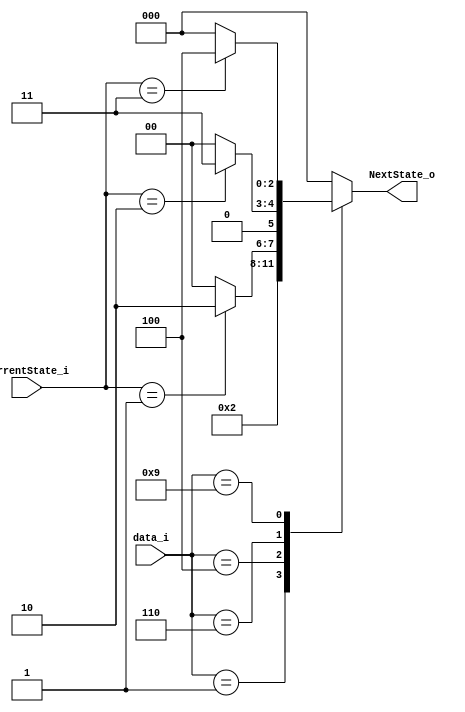
module NEXTSTATE(data_i, NextState_o, CurrentState_i);
	parameter	S0 = 3'b000,
					S1 = 3'b001,
					S2 = 3'b010,
					S3 = 3'b011,
					S4 = 3'b100;
	
	input [3:0] data_i;
	input [2:0] CurrentState_i;
	output [2:0] NextState_o;
	
	wire [3:0] data_i;
	wire [2:0] CurrentState_i;
	reg [2:0] NextState_o;
	
	always @ (data_i, CurrentState_i) begin
		case (data_i)
			4'd1: NextState_o = S1;
			4'd4: if (CurrentState_i == S1) NextState_o = S2; else NextState_o = S0;
			4'd6: if (CurrentState_i == S2) NextState_o = S3; else NextState_o = S0;
			4'd9: if (CurrentState_i == S3) NextState_o = S4; else NextState_o = S0;
			default: NextState_o = S0;
		endcase
	end
endmodule